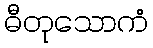
ဓီတုသောကံ